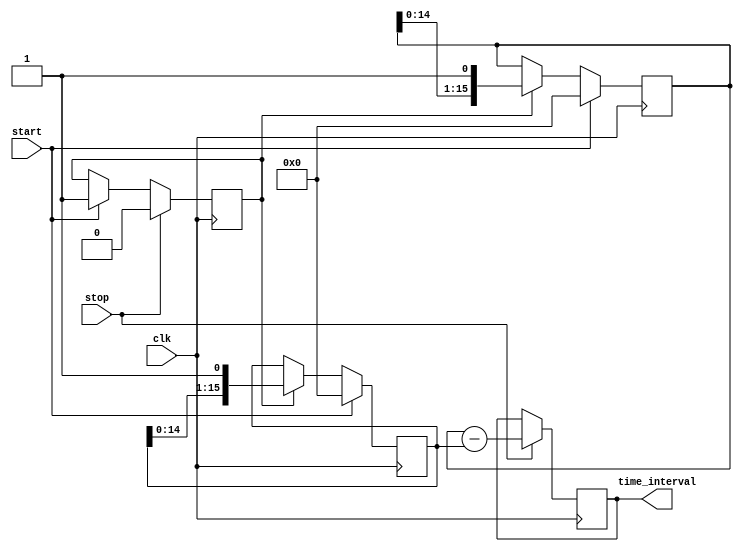
module TDC_Vernier_Delay_Line (
    input wire clk,           // System clock
    input wire start,         // Start signal
    input wire stop,          // Stop signal
    output reg [15:0] time_interval // Output time interval in binary
);

    // Parameters
    parameter NUM_STAGES_A = 16; // Number of stages in Delay Line A
    parameter NUM_STAGES_B = 16; // Number of stages in Delay Line B
    parameter DELAY_A = 5;        // Delay for each stage in Delay Line A (in ns)
    parameter DELAY_B = 4;        // Delay for each stage in Delay Line B (in ns)

    // Delay Line A and B outputs
    reg [NUM_STAGES_A-1:0] delay_line_a;
    reg [NUM_STAGES_B-1:0] delay_line_b;

    // Counter for clock cycles
    reg [15:0] counter;
    reg counting;

    // State machine for TDC operation
    always @(posedge clk) begin
        if (start) begin
            // Initialize counter and delay lines
            counter <= 0;
            delay_line_a <= 0;
            delay_line_b <= 0;
            counting <= 1; // Start counting
        end else if (counting) begin
            // Increment counter while counting
            counter <= counter + 1;

            // Simulate delay line outputs
            delay_line_a <= {delay_line_a[NUM_STAGES_A-2:0], 1'b1}; // Shift in 1
            delay_line_b <= {delay_line_b[NUM_STAGES_B-2:0], 1'b1}; // Shift in 1
        end

        if (stop) begin
            // Stop counting and latch the outputs
            counting <= 0;
            time_interval <= {counter, delay_line_a[NUM_STAGES_A-1:0]} - {counter, delay_line_b[NUM_STAGES_B-1:0]};
        end
    end

endmodule